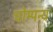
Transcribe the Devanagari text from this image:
चोम्पन्य